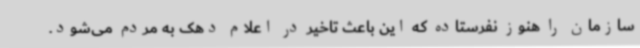
سازمان را هنوز نفرستاده که این باعث تاخیر در اعلام دهک به مردم می‌شود.